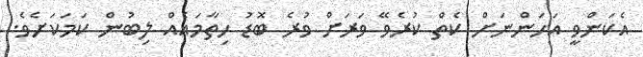
އެކަންވީ އަހަންނަށް ކެތް ކުރެވޭ ވަރަށް ވުރެ ބޮޑު ހިތާމައެއް ލިބުން ކަމަކަށެވެ.